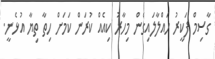
ގާސިމް ފަކީރު ހައްލާލައިގެން މިހާރު ކިއެއް ކުރަން ކަމަށް ހިތާ ތިޔާ އުޅެނީ.